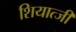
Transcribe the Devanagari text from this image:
शियात्जी